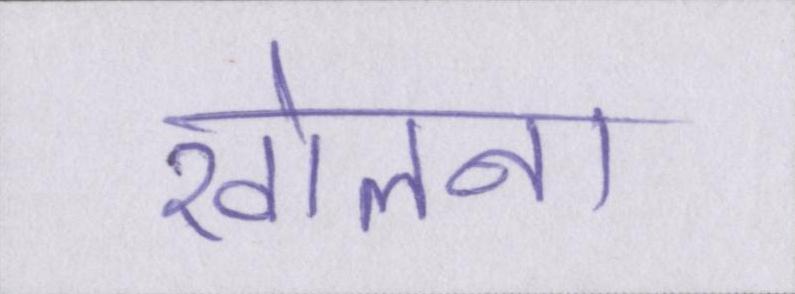
खोलना